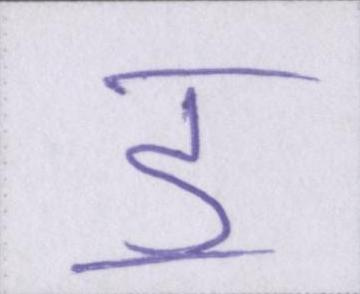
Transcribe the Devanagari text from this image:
ॾ